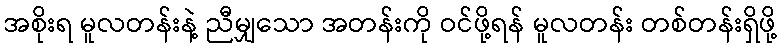
အစိုးရ မူလတန်းနဲ့ ညီမျှသော အတန်းကို ဝင်ဖို့ရန် မူလတန်း တစ်တန်းရှိဖို့